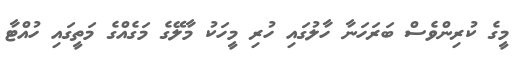
މީގެ ކުރިންވެސް ބަރަހަނާ ހާލުގައި ހުރި މީހަކު މާލޭގެ މަގެއްގެ މަތީގައި ހުއްޓާ